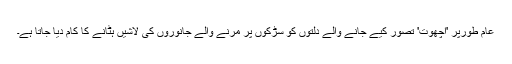
عام طورپر 'اچھوت' تصور کیے جانے والے دلتوں کو سڑکوں پر مرنے والے جانوروں کی لاشیں ہٹانے کا کام دیا جاتا ہے۔